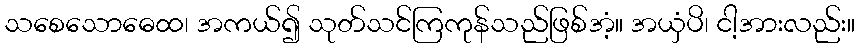
သစေသောဓေထ၊ အကယ်၍ သုတ်သင်ကြကုန်သည်ဖြစ်အံ့။ အယှံပိ၊ ငါ့အားလည်း။